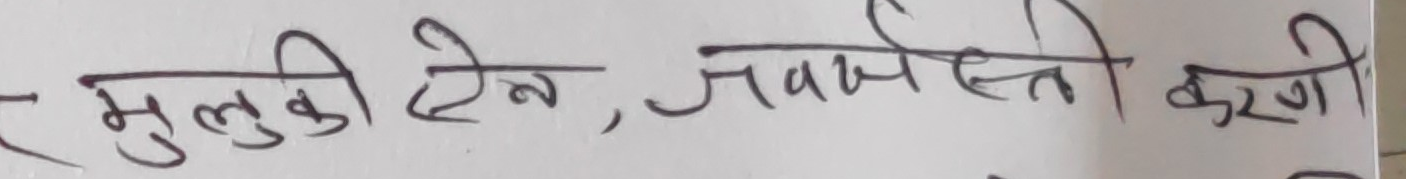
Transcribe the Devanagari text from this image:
मुलुकी ऐन, जबरजस्त करणी